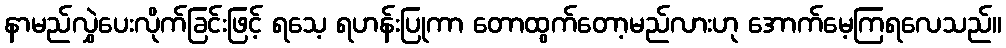
နာမည်လွှဲပေးလိုက်ခြင်းဖြင့် ရသေ့ ရဟန်းပြုကာ တောထွက်တော့မည်လားဟု အောက်မေ့ကြရလေသည်။